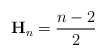
\begin{align*}\mathbf{H}_{n} = \frac{n-2}{2}\end{align*}